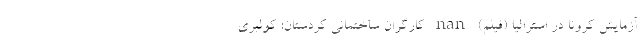
آزمایش کرونا در استرالیا (فیلم) nan کارگران ساختمانی کردستان: کولبری